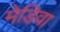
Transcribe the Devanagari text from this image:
मेडिवा